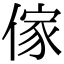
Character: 傢